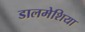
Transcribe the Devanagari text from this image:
डालमेशिया